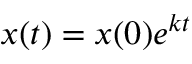
x ( t ) = x ( 0 ) e ^ { k t }